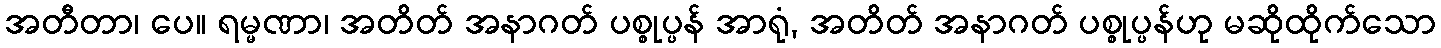
အတီတာ၊ ပေ။ ရမ္မဏာ၊ အတိတ် အနာဂတ် ပစ္စုပ္ပန် အာရုံ, အတိတ် အနာဂတ် ပစ္စုပ္ပန်ဟု မဆိုထိုက်သော